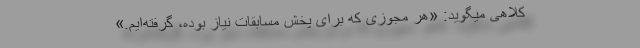
کلاهی میگوید: «هر مجوزی که برای پخش مسابقات نیاز بوده، گرفته‌‌ایم.»